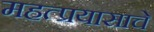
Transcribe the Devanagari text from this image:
महत्प्रयासाचे